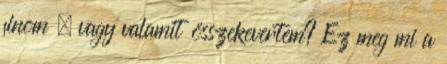
finom . vagy valamit összekevertem? Ez meg mi a